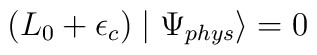
(L_{0}+\epsilon_{c})\mid\Psi_{phys}\rangle=0